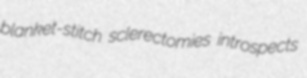
blanket-stitch sclerectomies introspects